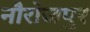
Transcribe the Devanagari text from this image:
नौरोजपुर